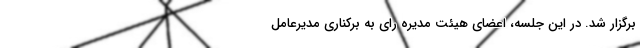
برگزار شد. در این جلسه، اعضای هیئت مدیره رای به برکناری مدیرعامل